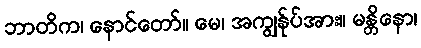
ဘာတိက၊ နောင်တော်။ မေ၊ အကျွန်ုပ်အား။ မန္တိနော၊